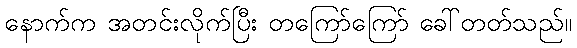
နောက်က အတင်းလိုက်ပြီး တကြော်ကြော် ခေါ်တတ်သည်။